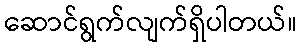
ဆောင်ရွက်လျက်ရှိပါတယ်။